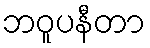
ဘဝူပနီတာ